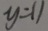
y = 1 1